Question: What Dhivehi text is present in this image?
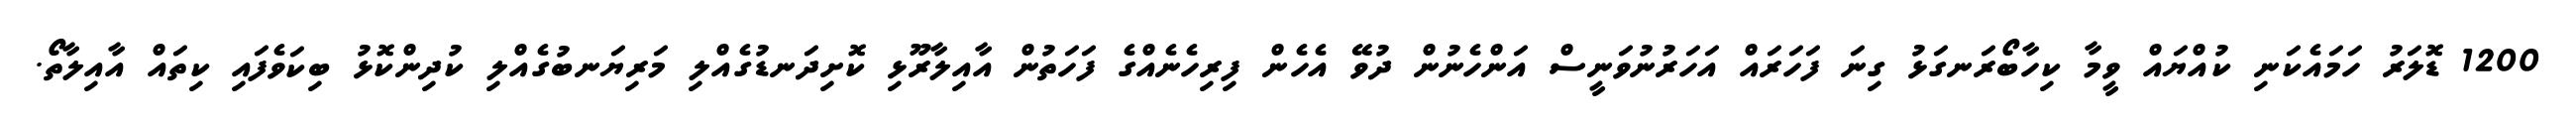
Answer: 1200 ޑޮލަރު ހަމައެކަނި ކުއްޔައް ވީމާ ކިހާބޯރަނގަޅު ގިނަ ފަހަރައް އަހަރުނުވަނީސް އަންހެނުން ދުވޭ އެހެން ފިރިހެނެއްގެ ފަހަތުން އާއިލާރޫޅި ކޮށިދަނޑުގެއްލި މަރިޔަނބުގެއްލި ކުދިންކޮޅު ބިކަވެފައި ކިތައް އާއިލާތޯ.